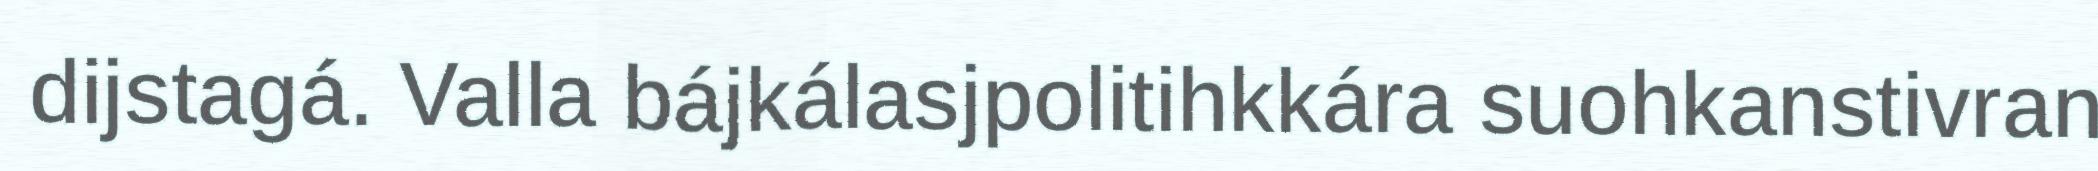
dijstagá. Valla bájkálasjpolitihkkára suohkanstivran